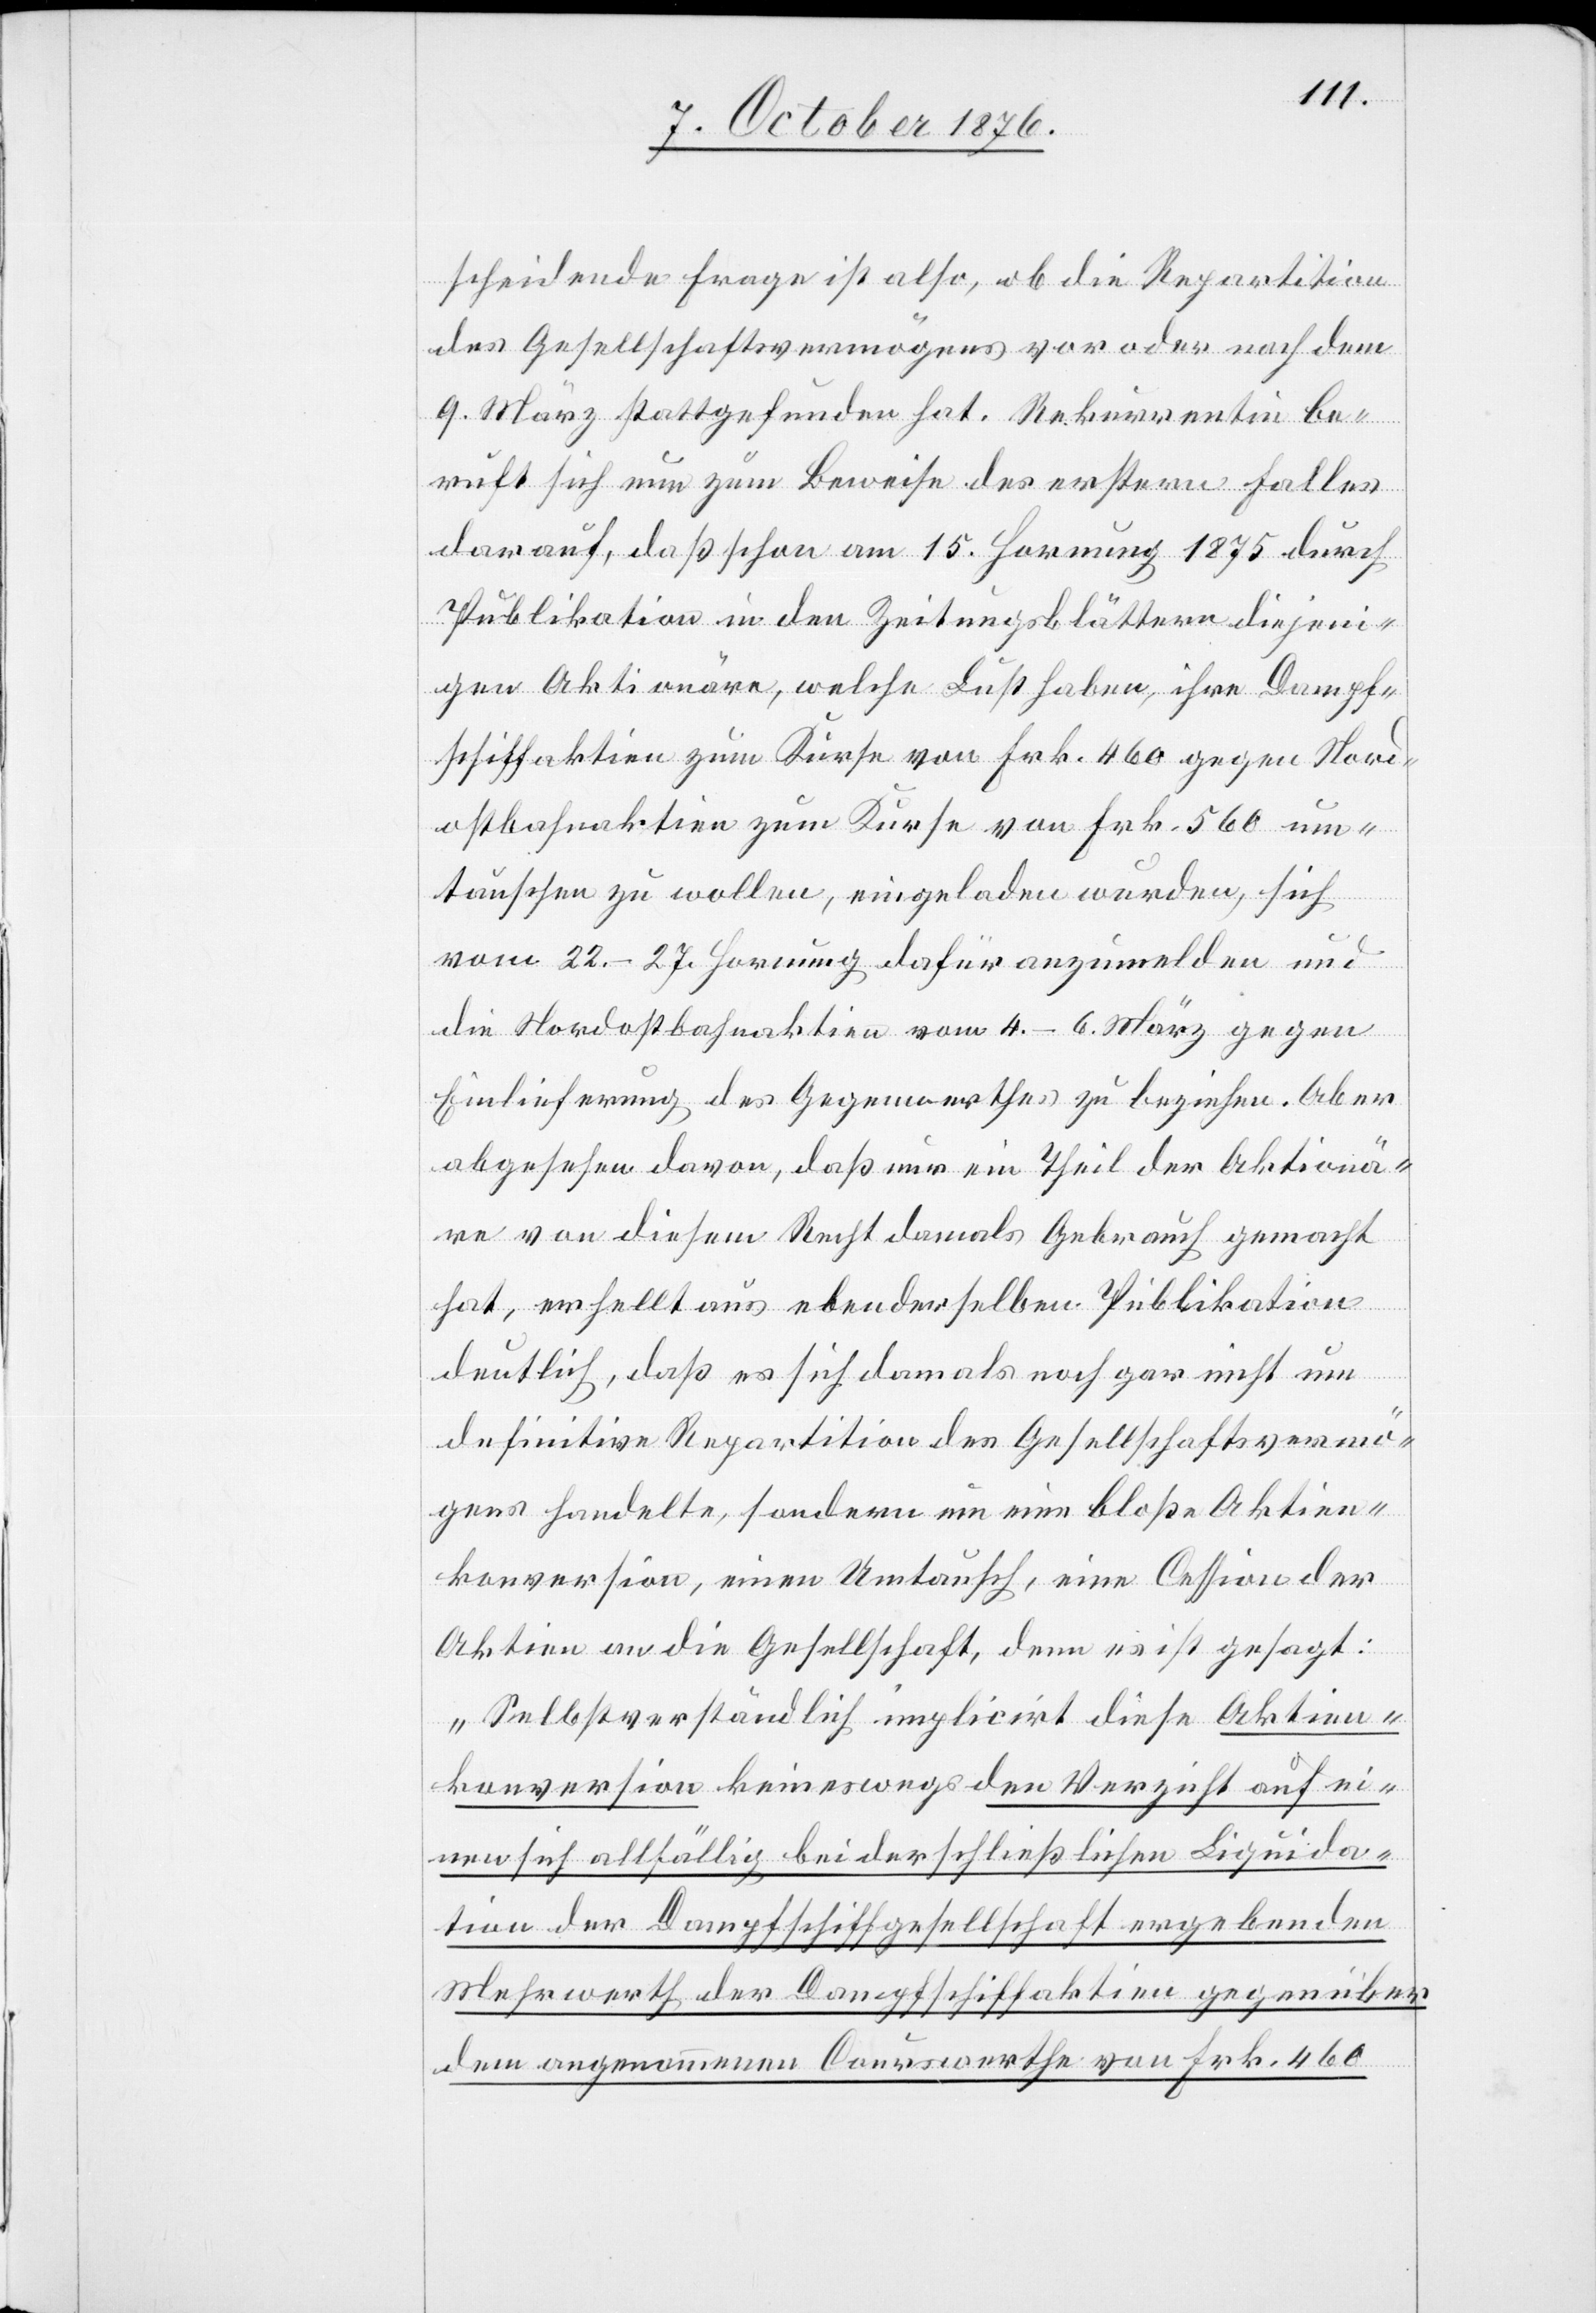
scheidende Frage ist also, ob die Repartition
des Gesellschaftsvermögens vor oder nach dem
9. März stattgefunden hat. Rekurrentin be¬
ruft sich nun zum Beweise des erstern Falles
darauf, daß schon am 15. Hornung 1875 durch
Publikation in den Zeitungsblättern diejeni¬
gen Aktionäre, welche Lust haben, ihre Dampf¬
schiffaktien zum Kurse von Frk. 460 gegen Nord¬
ostbahnaktien zum Kurse von Frk. 560 um¬
tauschen zu wollen, eingeladen wurden, sich
vom 22.–27. Hornung dafür anzumelden und
die Nordostbahnaktien vom 4.–6. März gegen
Einlieferung des Gegenwerthes zu beziehen. Aber
abgesehen davon, daß nur ein Theil der Aktionä¬
re von diesem Recht damals Gebrauch gemacht
hat, erhellt aus ebenderselben Publikation
deutlich, daß es sich damals noch gar nicht um
definitive Repartition des Gesellschaftsvermö¬
gens handelte, sondern um eine bloße Aktien¬
konversion, einen Umtausch, eine Cession der
Aktien an die Gesellschaft, denn es ist gesagt:
„Selbstverständlich implicirt diese Aktien¬
konversion keineswegs den Verzicht auf ei¬
nen sich allfällig bei der schließlichen Liquida¬
tion der Dampfschiffgesellschaft ergebenden
schiffaktien gegenüber
Mehrwerth der Dampf¬
dem angenommenen Courswerthe von Frk. 460